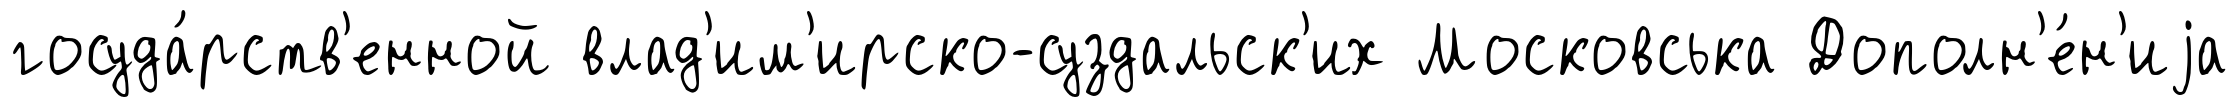
госуда́рств'енной влад'им'ирско-суздальск'их Московська Дополн'е́н'иjа